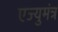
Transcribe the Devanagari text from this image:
एज्युमंत्र